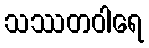
သဿတဝါရေ